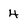
Character: 4